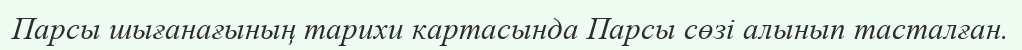
Парсы шығанағының тарихи картасында Парсы сөзі алынып тасталған.